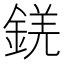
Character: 錓